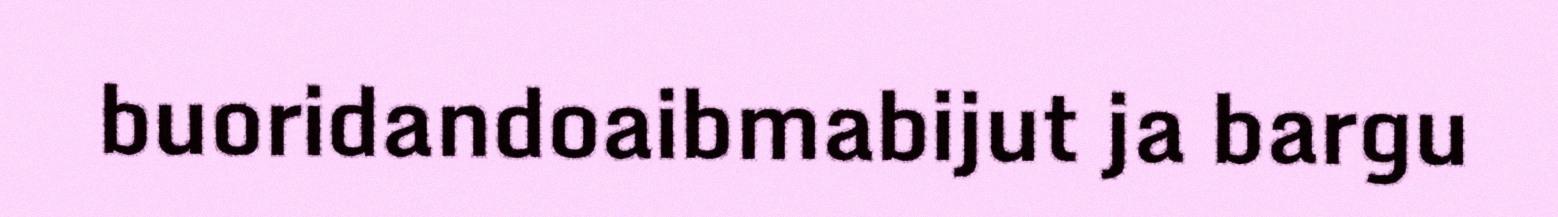
buoridandoaibmabijut ja bargu